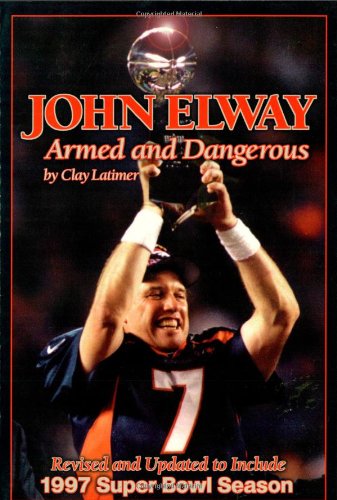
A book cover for John Elway: Armed & Dangerous: Revised and Updated to Include 1997 Super Bowl Season; Clay Latimer; Teen & Young Adult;